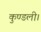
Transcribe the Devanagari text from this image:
कुण्डली।